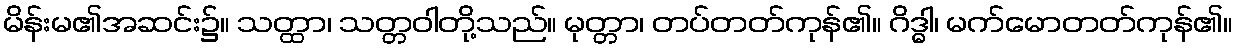
မိန်းမ၏အဆင်း၌။ သတ္ထာ၊ သတ္တဝါတို့သည်။ မုတ္တာ၊ တပ်တတ်ကုန်၏။ ဂိဒ္ဓါ၊ မက်မောတတ်ကုန်၏။